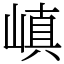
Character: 嵮